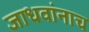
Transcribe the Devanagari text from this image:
जाधवांनाच